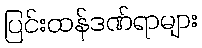
ပြင်းထန်ဒဏ်ရာများ